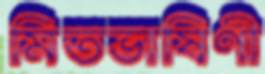
মিতভাষিণী